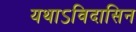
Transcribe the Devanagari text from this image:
यथाऽविदासिन